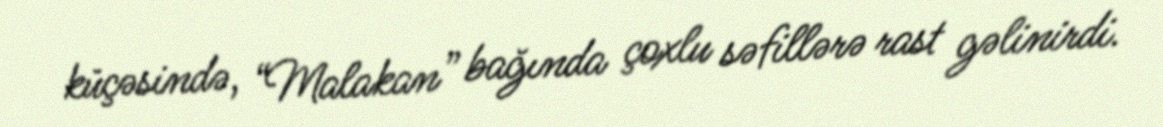
küçəsində, “Malakan” bağında çoxlu səfillərə rast gəlinirdi.